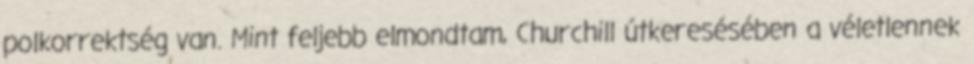
polkorrektség van. Mint feljebb elmondtam, Churchill útkeresésében a véletlennek